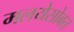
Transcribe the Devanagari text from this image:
मलयेसोबत